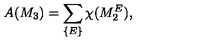
A ( M _ { 3 } ) = \sum _ { \{ E \} } \chi ( M _ { 2 } ^ { E } ) ,